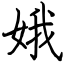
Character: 娥